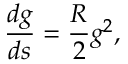
\frac { d g } { d s } = \frac { R } { 2 } g ^ { 2 } ,